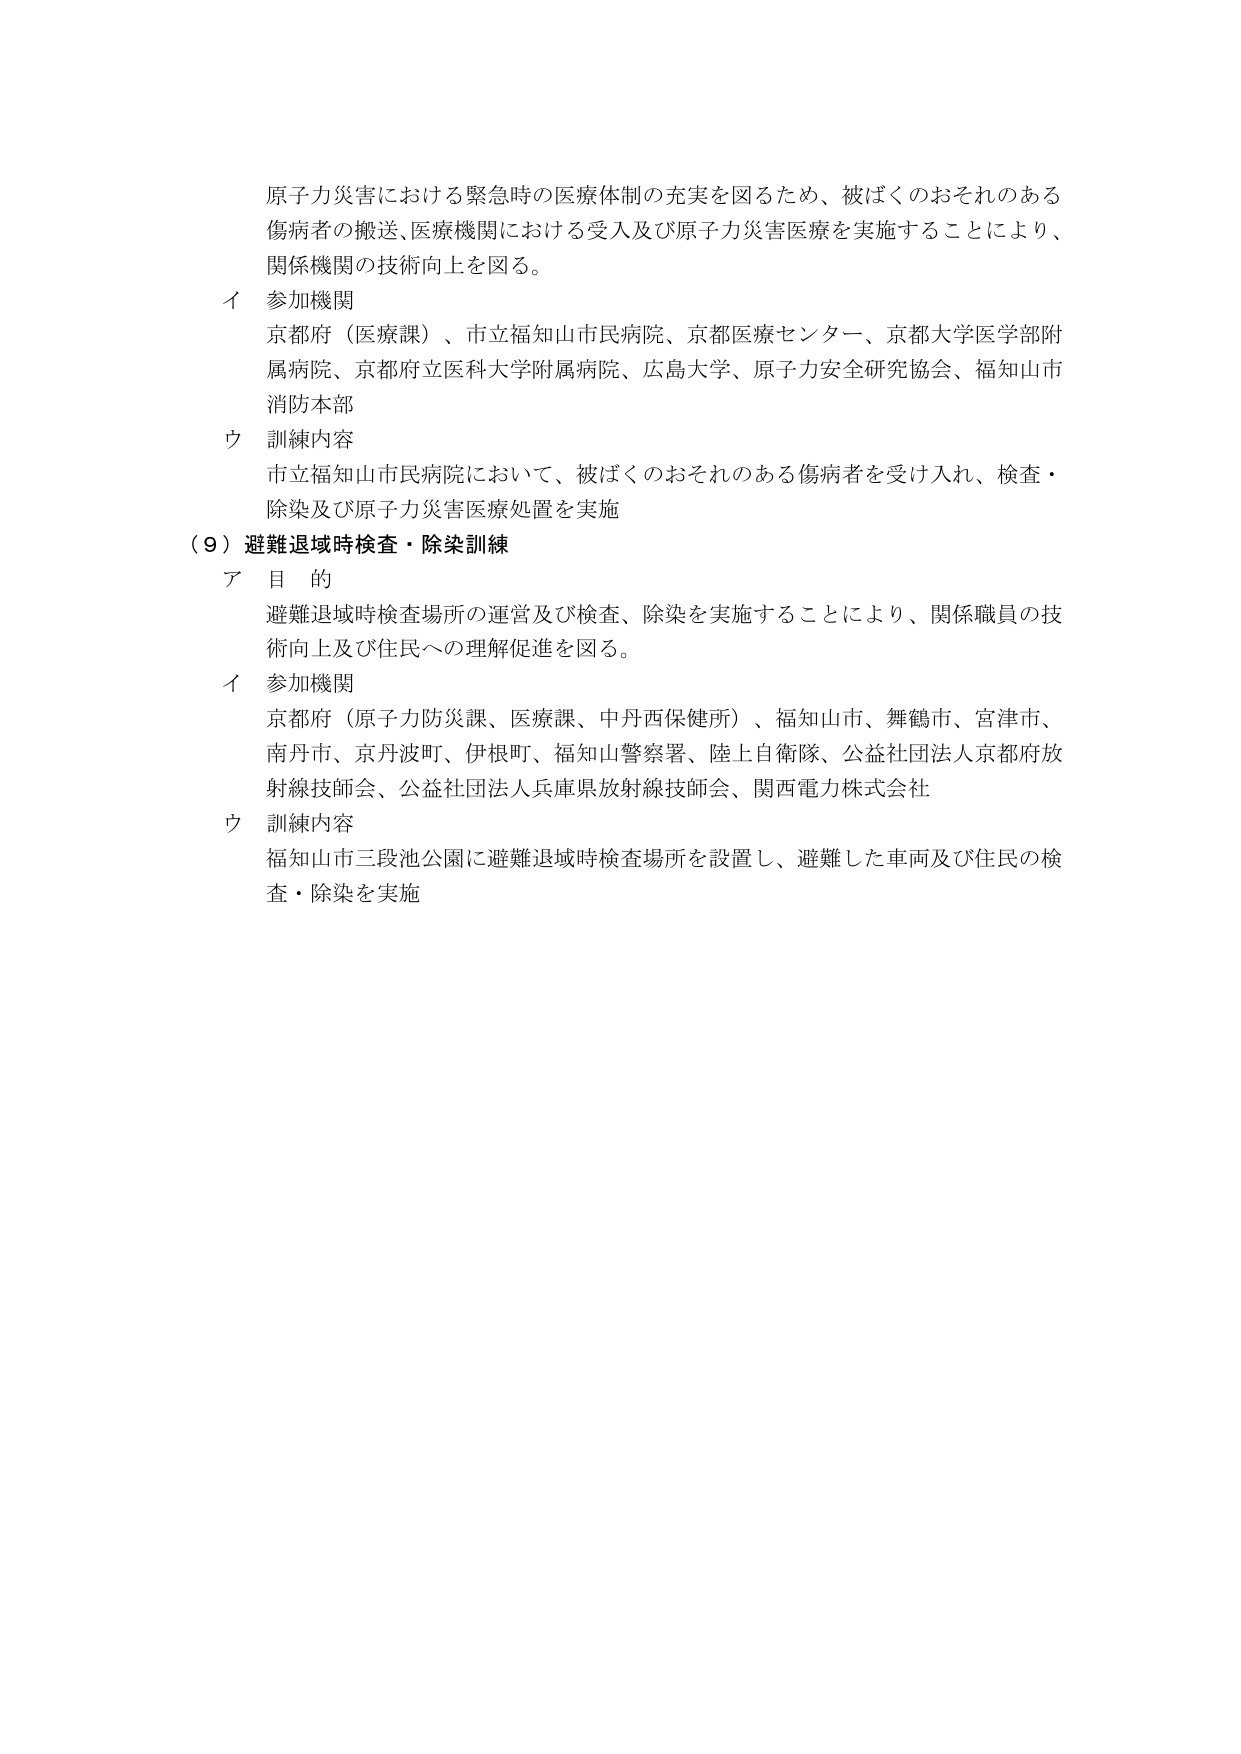
原子力災害における緊急時の医療体制の充実を図るため、被ばくのおそれのある傷病者の搬送、医療機関における受入及び原子力災害医療を実施することにより、関係機関の技術向上を図る。

イ 参加機関
京都府（医療課）、市立福知山市民病院、京都医療センター、京都大学医学部附属病院、京都府立医科大学附属病院、広島大学、原子力安全研究協会、福知山市消防本部

ウ 訓練内容
市立福知山市民病院において、被ばくのおそれのある傷病者を受け入れ、検査・除染及び原子力災害医療処置を実施

（９）避難退域時検査・除染訓練

ア 目的
避難退域時検査場所の運営及び検査、除染を実施することにより、関係職員の技術向上及び住民への理解促進を図る。

イ 参加機関
京都府（原子力防災課、医療課、中丹西保健所）、福知山市、舞鶴市、宮津市、南丹市、京丹波町、伊根町、福知山警察署、陸上自衛隊、公益社団法人京都府放射線技師会、公益社団法人兵庫県放射線技師会、関西電力株式会社

ウ 訓練内容
福知山市三段池公園に避難退域時検査場所を設置し、避難した車両及び住民の検査・除染を実施